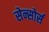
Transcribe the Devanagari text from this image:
सेन्सोर्स